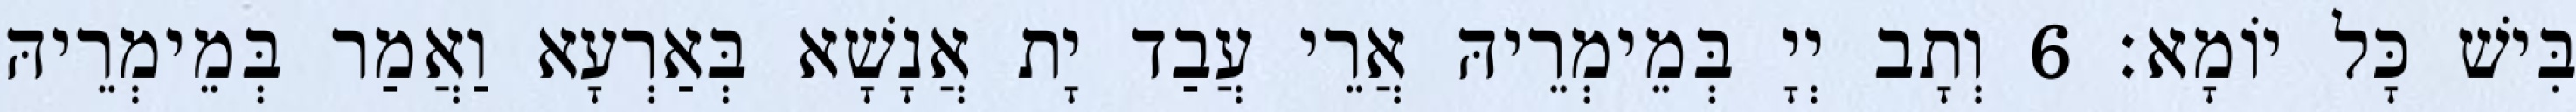
בִּישׁ כָּל יוֹמָא׃ 6 וְתָב יְיָ בְּמֵימְרֵיהּ אֲרֵי עֲבַד יָת אֲנָשָׁא בְּאַרְעָא וַאֲמַר בְּמֵימְרֵיהּ